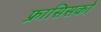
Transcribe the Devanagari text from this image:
फ्रासिसको